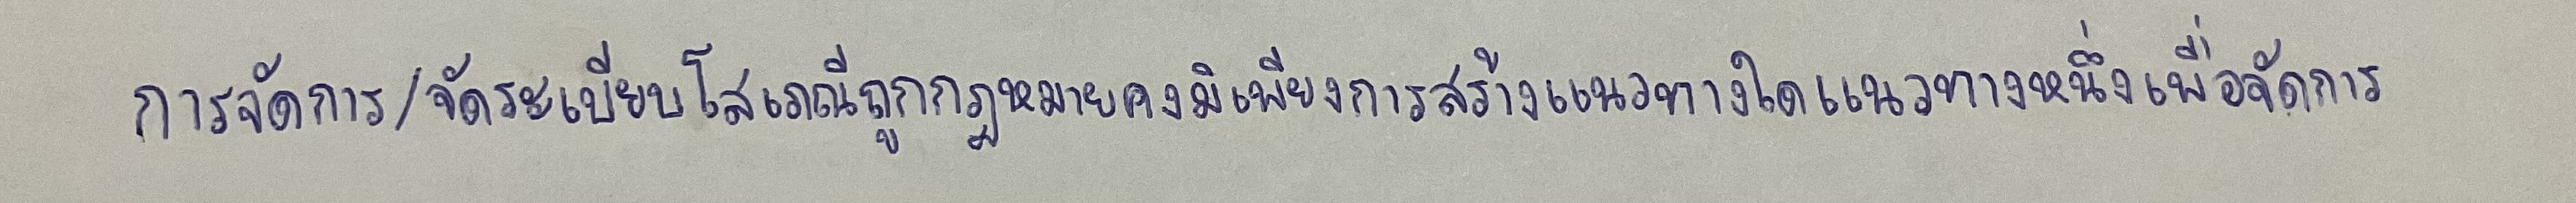
การจัดการ/จัดระเบียบโสเภณีถูกกฎหมายคงมิเพียงการสร้างแนวทางใดแนวทางหนึ่งเพื่อจัดการ